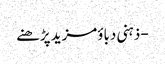
- ذہنی دباؤمزید پڑھنے